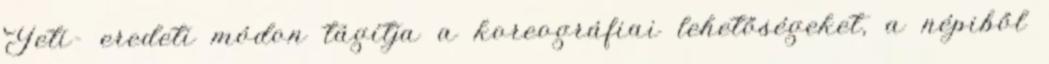
Yeti- eredeti módon tágítja a koreográfiai lehetőségeket, a népiből